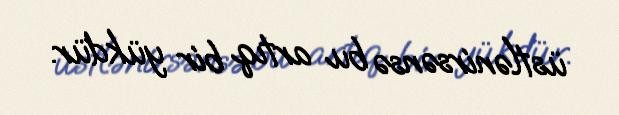
üstlənirsənsə bu artıq bir yükdür.